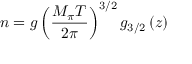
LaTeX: n = g \left( \frac { M _ { \pi } T } { 2 \pi } \right) ^ { 3 / 2 } g _ { 3 / 2 } \left( z \right)